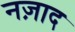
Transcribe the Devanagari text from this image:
नज़ाद